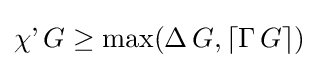
\operatorname {\chi '} G\geq \max(\operatorname {\Delta } G,\lceil \operatorname {\Gamma } G\rceil )